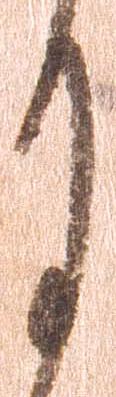
月